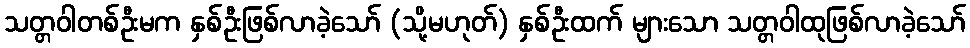
သတ္တဝါတစ်ဦးမက နှစ်ဦးဖြစ်လာခဲ့သော် (သို့မဟုတ်) နှစ်ဦးထက် များသော သတ္တဝါထုဖြစ်လာခဲ့သော်